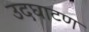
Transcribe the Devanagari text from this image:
उदघाटण